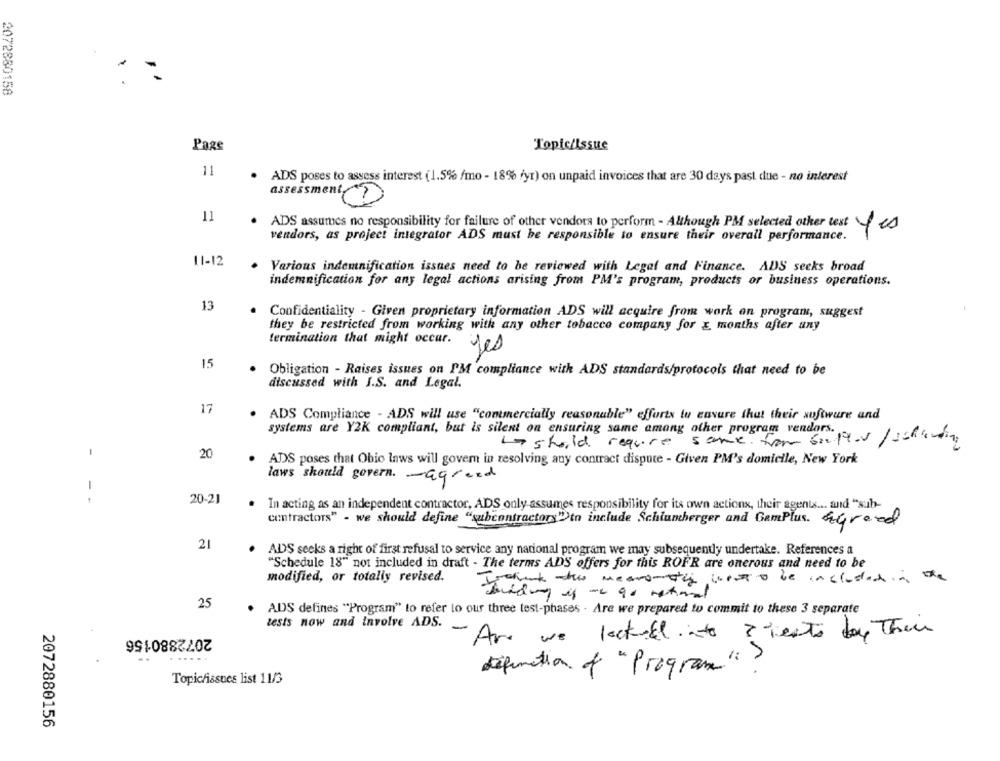
2072880158
Page
Topic/Issue
11
ADS poses to assess interest (1.5% fmo - 18% fyr) on unpaid invoices that are 30 days past due - no interest
assessment
11
ADS assumes no responsibility for failure of other vendors to perform - Although PM selected other text is
vendors, as project integrator ADS must be responsible to ensure their overall performance.
11-12
. Various indemnification issues need to be reviewed with Legal and Finance. ADS seeks broad
indemnification for any legal actions arising from PM's program, products or business operations.
13
Confidentiality - Given proprietary information ADS will acquire from work on program, suggest
-44
they be restricted from working with any other tobacco company for & months after any
termination that might occar.
yes
15
Obligation - Raises issues on PM compliance with ADS standards/protocols that need to be
discussed with I.S. and Legal.
17
ADS Compliance - ADS will use "commercially reasonable" efforts to ensure that their software and
systems are Y2K compliant, but is silent on ensuring same among other program vendors.
La should require same. from sanftes /schending
1
20
ADS poses that Obio laws will govem in resolving any contract dispute - Given PM's domicile, New York
laws should govern. - agreed
- -
20-21
In acting as an independent contractor, ADS only assumes responsibility for its own actions, their agents ... and "sub-
contractors" - we should define "subcontractory")to include Schlumberger and GamPlus. &Greed
21
ADS seeks a right of first refusal to service any national program we may subsequently undertake. References a
"Schedule 18" not included in draft - The terms ADS offers for this ROFR are onerous and need to be
modified, or totally revised.
Trahet this meansmay want to be included in the
25
ADS defines "Program" to refer to our three test-phases - Are we prepared to commit to these 3 separate
tests now and involve ADS.
2072880156
-Are we lackell into ? tests by Them
definition of "Program" ?
Topichissues list 11/3
2072880156